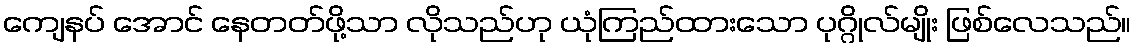
ကျေနပ် အောင် နေတတ်ဖို့သာ လိုသည်ဟု ယုံကြည်ထားသော ပုဂ္ဂိုလ်မျိုး ဖြစ်လေသည်။